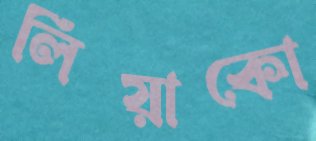
লিয়াকো